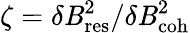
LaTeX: \zeta=\delta\mathit{B}_{\mathrm{{res}}}^{2}/\delta\mathit{B}_{\mathrm{{coh}}}^{2}